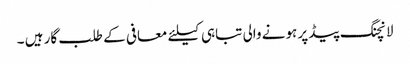
لانچنگ پیڈ پر ہونے والی تباہی کیلئے معافی کے طلب گار ہیں ۔